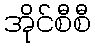
အိုင်စီစီ